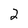
Character: 2